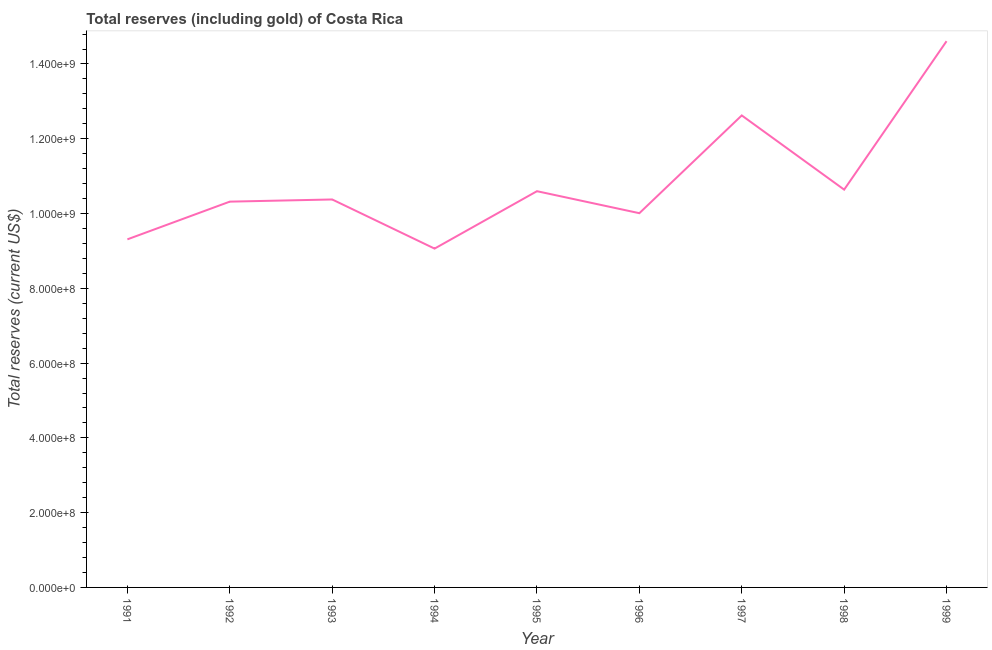
| Year | Total reserves (includes gold |
 | --- | --- |
 | 1991 | 9.31e+08 |
 | 1992 | 1.03e+09 |
 | 1993 | 1.04e+09 |
 | 1994 | 9.06e+08 |
 | 1995 | 1.06e+09 |
 | 1996 | 1e+09 |
 | 1997 | 1.26e+09 |
 | 1998 | 1.06e+09 |
 | 1999 | 1.46e+09 |